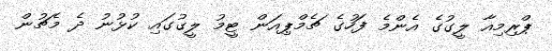
ޕްރިމިއާ ލީގުގެ އެންމެ ފަހުގެ ޗެމްޕިއަން ޓީމު ލީގުގައި ކުޅުނު ދެ މެޗުން